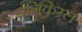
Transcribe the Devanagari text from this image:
युनिकेम्र्ल